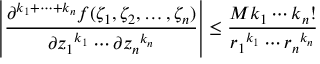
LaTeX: \left| { \frac { \partial ^ { k _ { 1 } + \cdots + k _ { n } } f ( \zeta _ { 1 } , \zeta _ { 2 } , \ldots , \zeta _ { n } ) } { { \partial z _ { 1 } } ^ { k _ { 1 } } \cdots \partial { z _ { n } } ^ { k _ { n } } } } \right| \leq { \frac { M k _ { 1 } \cdots k _ { n } ! } { { r _ { 1 } } ^ { k _ { 1 } } \cdots { r _ { n } } ^ { k _ { n } } } }